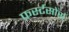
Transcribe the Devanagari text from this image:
फर्स्टसोर्स